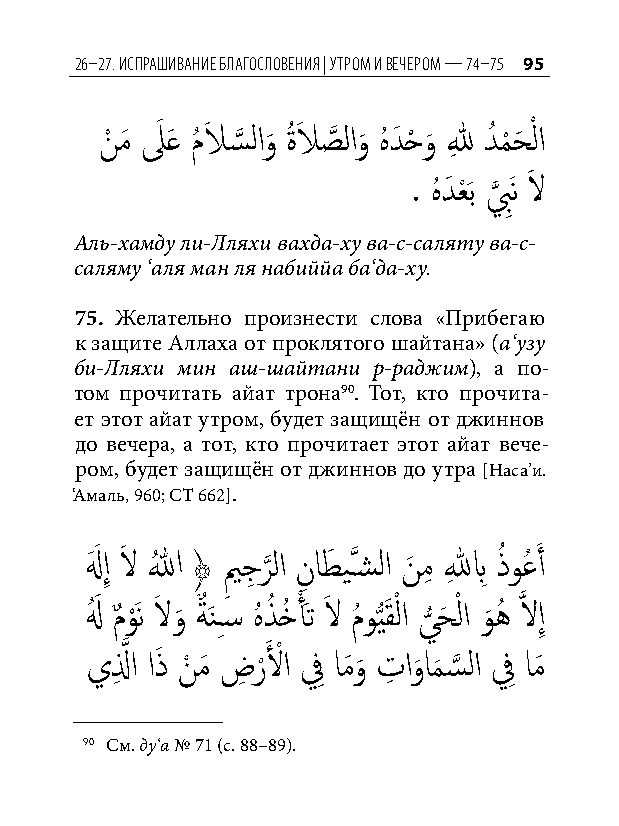
26–27. исПрашивание благословения | утром и вечером — 74–75 95
 نْ مَ لَ َع مُ لاَ س
 َّذ
 لاو
 َ
 ةُ لاَ صَّذ لاو
 َ
 هُ دَ حْ و
 َ
 للهِ دُ م
 ْ
 حَ ْ لا
 . هُ دَ عْ َب ب
 َّذ
 َِن لاَ
 Аль-хамду ли-Лляхи вахда-ху ва-с-саляту ва-с-
 саляму ‘аля ман ля набиййа ба‘да-ху.
 75. Желательно произнести слова «Прибегаю
 к защите Аллаха от проклятого шайтана» (а‘узу
 би-Лляхи мин аш-шайтани р-раджим), а по-
 том прочитать айат трона90. Тот, кто прочита-
 ет этот айат утром, будет защищён от джиннов
 до вечера, а тот, кто прочитает этот айат вече-
 ром, будет защищён от джиннов до утра [Наса’и.
 ‘Амаль, 960; СТ 662].
 لهَ َ إِ لاَ اللهُ ﴿ يم
 ِ
 جِ ر
 َّذ
 لا نِ اطَ يَّذسشلا نَ مِ للهِ بِ ذُ وعُ َ أ
 لهُ َ مٌ و َْن لاَ و
 َ
 ةٌ َنِس� هُ ذُ خُ أْ َت لاَ مُ و ُّيَقْ لا ي
 ُّ
 حَ ْ لا و
 َ
 هُ َّذ لاإِ
 يلِ َّذ ا اذَ نْ مَ ضِ ر ْلَ ْ ا فِ امَو
 َ
 تِ او
 َ
 ام
 َ
 س
 َّذ
 لا فِ امَ
 90 См. ду‘а № 71 (с. 88–89).